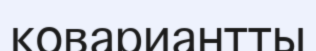
ковариантты